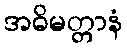
အဓိမတ္တာနံ